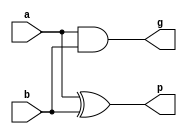
/* ACM Class System (I) Fall Assignment 1 
 *
 *
 * Implement your naive adder here
 * 
 * GUIDE:
 *   1. Create a RTL project in Vivado
 *   2. Put this file into `Sources'
 *   3. Put `test_adder.v' into `Simulation Sources'
 *   4. Run Behavioral Simulation
 *   5. Make sure to run at least 100 steps during the simulation (usually 100ns)
 *   6. You can see the results in `Tcl console'
 *
 */

module half_adder (
    input  a,
    input  b,
    output g,
    output p
);
  assign g = a & b;
  assign p = a ^ b;
endmodule

module four_bit_adder (
    input  [3:0] p,
    input  [3:0] g,
    input        carry_in,
    output [3:0] sum
);
  assign carry0 = g[0] | p[0] & carry_in;
  assign carry1 = p[1] & g[0] | g[1] | p[1] & p[0] & carry_in;
  assign carry2 = p[2] & p[1] & g[0] | p[2] & g[1] | g[2] | p[2] & p[1] & p[0] & carry_in;
  assign sum[0] = p[0] ^ carry_in;
  assign sum[1] = p[1] ^ carry0;
  assign sum[2] = p[2] ^ carry1;
  assign sum[3] = p[3] ^ carry2;
endmodule

module PGM (
    input  [3:0] p,
    input  [3:0] g,
    output       p_out,
    output       g_out
);
  assign p_out = p[3] & p[2] & p[1] & p[0];
  assign g_out = p[3] & p[2] & p[1] & g[0] | p[3] & p[2] & g[1] | p[3] & g[2] | g[3];
endmodule

module adder (
    input  [15:0] a,
    input  [15:0] b,
    output [15:0] sum,
    output        overflow
);
  wire [15:0] p, g;
  wire [3:0] four_p, four_g;
  half_adder half_adder0 (
      .a(a[0]),
      .b(b[0]),
      .p(p[0]),
      .g(g[0])
  );
  half_adder half_adder1 (
      .a(a[1]),
      .b(b[1]),
      .p(p[1]),
      .g(g[1])
  );
  half_adder half_adder2 (
      .a(a[2]),
      .b(b[2]),
      .p(p[2]),
      .g(g[2])
  );
  half_adder half_adder3 (
      .a(a[3]),
      .b(b[3]),
      .p(p[3]),
      .g(g[3])
  );
  half_adder half_adder4 (
      .a(a[4]),
      .b(b[4]),
      .p(p[4]),
      .g(g[4])
  );
  half_adder half_adder5 (
      .a(a[5]),
      .b(b[5]),
      .p(p[5]),
      .g(g[5])
  );
  half_adder half_adder6 (
      .a(a[6]),
      .b(b[6]),
      .p(p[6]),
      .g(g[6])
  );
  half_adder half_adder7 (
      .a(a[7]),
      .b(b[7]),
      .p(p[7]),
      .g(g[7])
  );
  half_adder half_adder8 (
      .a(a[8]),
      .b(b[8]),
      .p(p[8]),
      .g(g[8])
  );
  half_adder half_adder9 (
      .a(a[9]),
      .b(b[9]),
      .p(p[9]),
      .g(g[9])
  );
  half_adder half_adder10 (
      .a(a[10]),
      .b(b[10]),
      .p(p[10]),
      .g(g[10])
  );
  half_adder half_adder11 (
      .a(a[11]),
      .b(b[11]),
      .p(p[11]),
      .g(g[11])
  );
  half_adder half_adder12 (
      .a(a[12]),
      .b(b[12]),
      .p(p[12]),
      .g(g[12])
  );
  half_adder half_adder13 (
      .a(a[13]),
      .b(b[13]),
      .p(p[13]),
      .g(g[13])
  );
  half_adder half_adder14 (
      .a(a[14]),
      .b(b[14]),
      .p(p[14]),
      .g(g[14])
  );
  half_adder half_adder15 (
      .a(a[15]),
      .b(b[15]),
      .p(p[15]),
      .g(g[15])
  );
  PGM PFM0 (
      .p    (p[3:0]),
      .g    (g[3:0]),
      .p_out(four_p[0]),
      .g_out(four_g[0])
  );
  PGM PFM1 (
      .p    (p[7:4]),
      .g    (g[7:4]),
      .p_out(four_p[1]),
      .g_out(four_g[1])
  );
  PGM PFM2 (
      .p    (p[11:8]),
      .g    (g[11:8]),
      .p_out(four_p[2]),
      .g_out(four_g[2])
  );
  PGM PFM3 (
      .p    (p[15:12]),
      .g    (g[15:12]),
      .p_out(four_p[3]),
      .g_out(four_g[3])
  );
  assign carry0 = four_g[0];
  assign carry1 = four_p[1] & four_g[0] | four_g[1];
  assign carry2 = four_p[2] & four_p[1] & four_g[0] | four_p[2] & four_g[1] | four_g[2];
  assign overflow = four_p[3] & four_p[2] & four_p[1] & four_g[0] | four_p[3] & four_p[2] & four_g[1] | four_p[3] & four_g[2] | four_g[3];
  four_bit_adder four_bit_adder0 (
      .p       (p[3:0]),
      .g       (g[3:0]),
      .carry_in(1'b0),
      .sum     (sum[3:0])
  );
  four_bit_adder four_bit_adder1 (
      .p       (p[7:4]),
      .g       (g[7:4]),
      .carry_in(carry0),
      .sum     (sum[7:4])
  );
  four_bit_adder four_bit_adder2 (
      .p       (p[11:8]),
      .g       (g[11:8]),
      .carry_in(carry1),
      .sum     (sum[11:8])
  );
  four_bit_adder four_bit_adder3 (
      .p       (p[15:12]),
      .g       (g[15:12]),
      .carry_in(carry2),
      .sum     (sum[15:12])
  );
endmodule